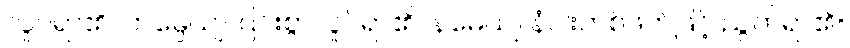
လှုပ်ရာ၏။ ကမ္ပေယျ၊ ပြင်းစွာလှုပ်ရာ၏။ နမေယျ၊ နံပါးတစ်ဖက်ဖြင့် ညွတ်ရာ၏။